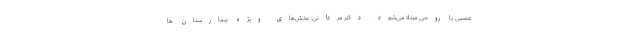
عصبی یا روحی مبتلا می‌شود. دکتر مردانی: بخش‌های ویژه بیمارستان ‌ها